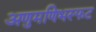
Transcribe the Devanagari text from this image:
अणुमणिभस्फट